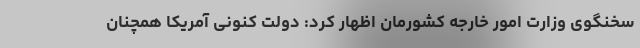
سخنگوی وزارت امور خارجه کشورمان اظهار کرد: دولت کنونی آمریکا همچنان